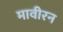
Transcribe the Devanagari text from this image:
मावीरन